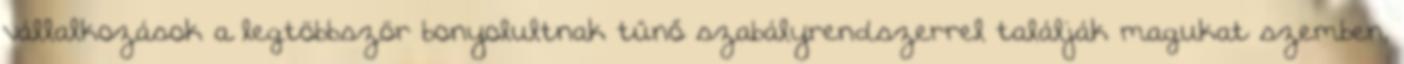
vállalkozások a legtöbbször bonyolultnak tűnő szabályrendszerrel találják magukat szemben,